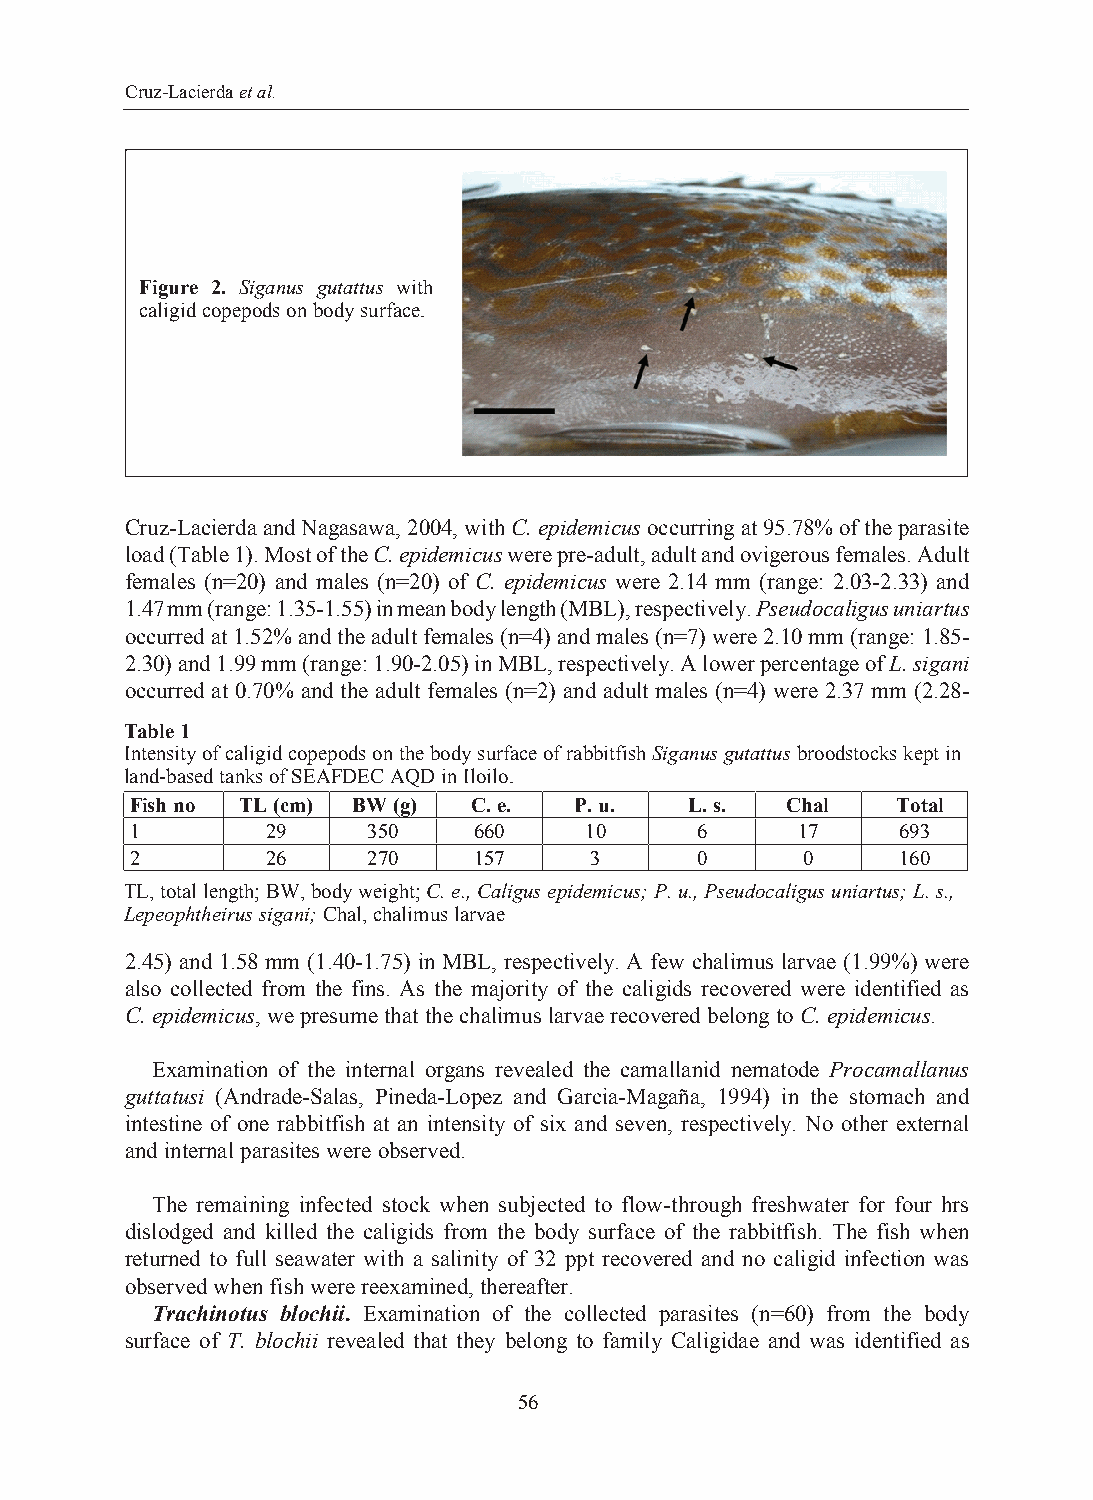
Cruz-Lacierda et al.
 Figure 2. Siganus gutattus with
 caligid copepods on body surface.
 Cruz-Lacierda and Nagasawa, 2004, with C. epidemicus occurring at 95.78% of the parasite
 load (Table 1). Most of the C. epidemicus were pre-adult, adult and ovigerous females. Adult
 females (n=20) and males (n=20) of C. epidemicus were 2.14 mm (range: 2.03-2.33) and
 1.47 mm (range: 1.35-1.55) in mean body length (MBL), respectively. Pseudocaligus uniartus
 occurred at 1.52% and the adult females (n=4) and males (n=7) were 2.10 mm (range: 1.85-
 2.30) and 1.99 mm (range: 1.90-2.05) in MBL, respectively. A lower percentage of L. sigani
 occurred at 0.70% and the adult females (n=2) and adult males (n=4) were 2.37 mm (2.28-
 Table 1
 Intensity of caligid copepods on the body surface of rabbitfish Siganus gutattus broodstocks kept in
 land-based tanks of SEAFDEC AQD in Iloilo.
 Fish no TL (cm) BW (g) C. e. P. u.   L. s. Chal   Total
 1        29    350    660     10     6      17    693
 2        26    270    157     3      0      0     160
 TL, total length; BW, body weight; C. e., Caligus epidemicus; P. u., Pseudocaligus uniartus; L. s.,
 Lepeophtheirus sigani; Chal, chalimus larvae
 2.45) and 1.58 mm (1.40-1.75) in MBL, respectively. A few chalimus larvae (1.99%) were
 also collected from the fins. As the majority of the caligids recovered were identified as
 C. epidemicus, we presume that the chalimus larvae recovered belong to C. epidemicus.
 Examination of the internal organs revealed the camallanid nematode Procamallanus
 guttatusi (Andrade-Salas, Pineda-Lopez and Garcia-Magaña, 1994) in the stomach and
 intestine of one rabbitfish at an intensity of six and seven, respectively. No other external
 and internal parasites were observed.
 The remaining infected stock when subjected to flow-through freshwater for four hrs
 dislodged and killed the caligids from the body surface of the rabbitfish. The fish when
 returned to full seawater with a salinity of 32 ppt recovered and no caligid infection was
 observed when fish were reexamined, thereafter.
 Trachinotus blochii. Examination of the collected parasites (n=60) from the body
 surface of T. blochii revealed that they belong to family Caligidae and was identified as
 56